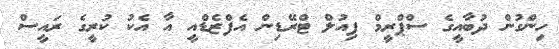
ހިންގުން ދުބާއީގެ ސްޕްރީމް ފިއުލް ޓްރޭޑިން އެފްޒެޑްއީ އާ އެކު ކުރީގެ ރައީސް